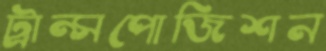
ট্রান্সপোজিশন